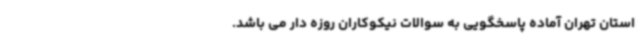
استان تهران آماده پاسخگویی به سوالات نیکوکاران روزه دار می باشد.